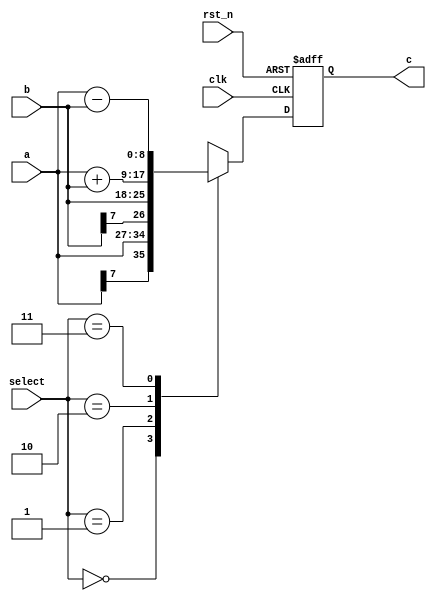

`timescale 1ns/1ns

module data_select(

    input clk,

    input rst_n,

    input signed[7:0]a,

    input signed[7:0]b,

    input [1:0]select,

    output reg signed [8:0]c

);

 

always @(posedge clk or negedge rst_n)

    if(!rst_n)

        c <= 9'd0;

    else case(select)

    2'b00:    c <= a;

    2'b01:    c <= b;

    2'b10:    c <= a+b;

    2'b11:    c <= a-b;

    default: c <= 9'd0;

    endcase

 

endmodule